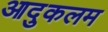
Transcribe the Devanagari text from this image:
आदुकलम